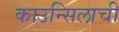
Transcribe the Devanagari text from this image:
काउन्सिलाची